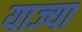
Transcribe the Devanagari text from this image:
याज्या